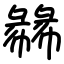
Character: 㣈